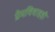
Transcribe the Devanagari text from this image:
प्रेमविवाहही